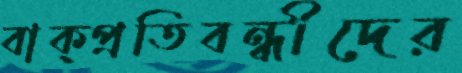
বাক্প্রতিবন্ধীদের